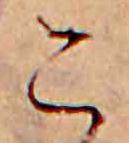
こ